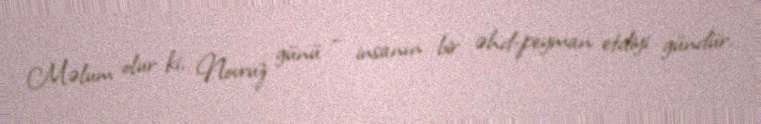
Məlum olur ki, Novruz günü - insanın bir əhd-peyman etdiyi gündür.